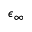
\epsilon _ { \infty }